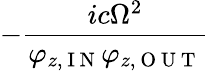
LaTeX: -\frac{ic\Omega^{2}}{\varphi_{z,\mathrm{~I~N~}}\varphi_{z,\mathrm{~O~U~T~}}}